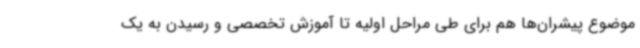
موضوع پیشران‌ها هم برای طی مراحل اولیه تا آموزش تخصصی و رسیدن به یک